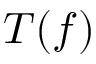
T ( f )